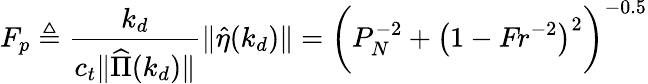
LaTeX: F_{p}\triangleq\frac{k_{d}}{c_{t}\Vert\widehat{\Pi}(k_{d})\Vert}\Vert\hat{\eta}(k_{d})\Vert=\biggl(P_{N}^{-2}+\bigl(1-\textit{Fr}^{-2}\bigl)^{2}\biggl)^{-0.5}